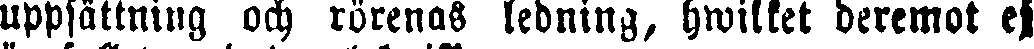
uppsättning och rörenas ledning, hwilket deremot ej